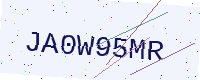
Text: JA0W95MR